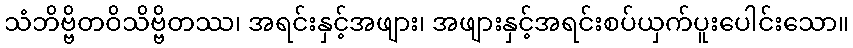
သံဘိဗ္ဗိတဝိသိဗ္ဗိတဿ၊ အရင်းနှင့်အဖျား၊ အဖျားနှင့်အရင်းစပ်ယှက်ပူးပေါင်းသော။